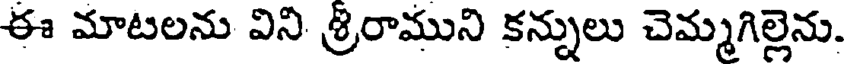
ఈ మాటలను విని శ్రీరాముని కన్నులు చెమ్మగిల్లెను.